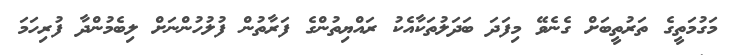
މަގުމަތީގެ ތަރުތީބަށް ގެނެވޭ މިފަދަ ބަދަލުތަކާއެކު ރައްޔިތުންގެ ފަރާތުން ފުލުހުންނަށް ލިބެމުންދާ ފުރިހަމަ